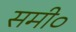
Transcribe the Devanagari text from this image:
समी०